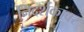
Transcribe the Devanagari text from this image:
निदर्शकांवर